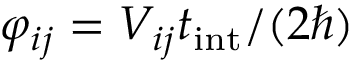
\varphi _ { i j } = V _ { i j } t _ { \mathrm { i n t } } / ( 2 \hbar )